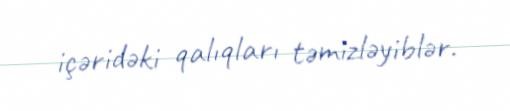
içəridəki qalıqları təmizləyiblər.